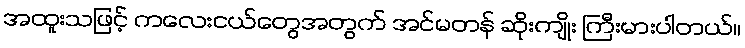
အထူးသဖြင့် ကလေးငယ်တွေအတွက် အင်မတန် ဆိုးကျိုး ကြီးမားပါတယ်။